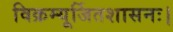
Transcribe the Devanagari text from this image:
विक्रम्यूर्जितशासनः।